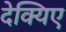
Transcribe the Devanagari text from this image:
देक्यिए